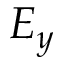
E _ { y }